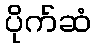
ပိုက်ဆံ